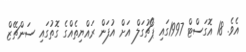
އެވެ. 18 އޮގަސްޓް 1997ގައި ޕޯޗުގަލް އަށް އުފަން ރައްޔިތެއްގެ ގޮތުގައި ސަންޗޭޒް